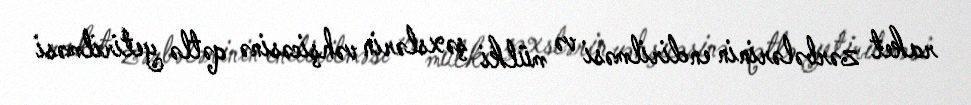
raket zərbələrinin endirilməsi və mülki şəxslərin vəhşicəsinə qətlə yetirilməsi